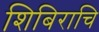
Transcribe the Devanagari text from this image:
शिबिराचि